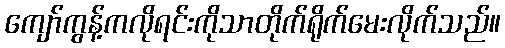
ကျော်ကွန့်ကလိုရင်းကိုသာတိုက်ရိုက်မေးလိုက်သည်။